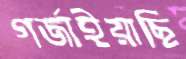
গর্জাইয়াছি